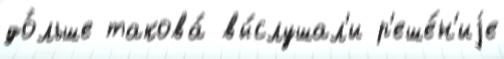
до́льше такова́ вы́слушал'и р'еше́н'иjе